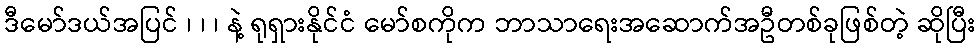
ဒီမော်ဒယ်အပြင် ၊ ၊ ၊ နဲ့ ရုရှားနိုင်ငံ မော်စကိုက ဘာသာရေးအဆောက်အဦတစ်ခုဖြစ်တဲ့ ဆိုပြီး